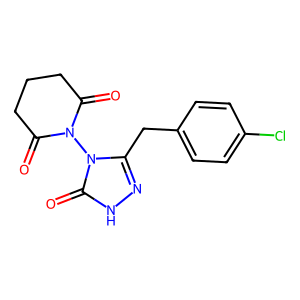
SMILES: O=C1CCCC(=O)N1n1c(Cc2ccc(Cl)cc2)n[nH]c1=O
Inhibits HIV replication: No